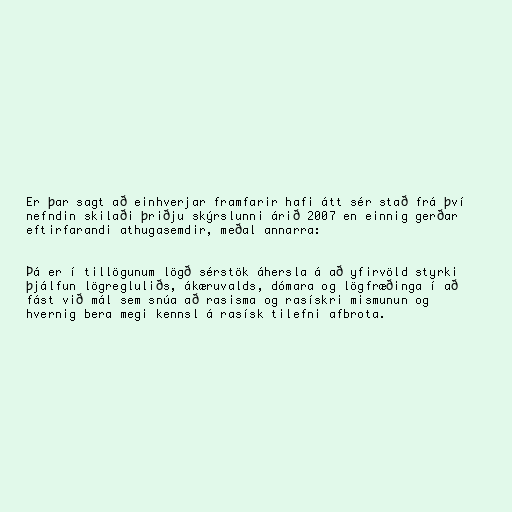
Er þar sagt að einhverjar framfarir hafi átt sér stað frá því
nefndin skilaði þriðju skýrslunni árið 2007 en einnig gerðar
eftirfarandi athugasemdir, meðal annarra:

Þá er í tillögunum lögð sérstök áhersla á að yfirvöld styrki
þjálfun lögregluliðs, ákæruvalds, dómara og lögfræðinga í að
fást við mál sem snúa að rasisma og rasískri mismunun og
hvernig bera megi kennsl á rasísk tilefni afbrota.